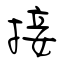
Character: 接